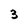
Character: 3